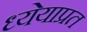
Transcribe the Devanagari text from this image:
ध्येयाप्रत